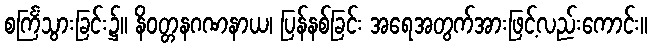
စင်္ကြံသွားခြင်း၌။ နိဝတ္တနဂဏနာယ၊ ပြန်နစ်ခြင်း အရေအတွက်အားဖြင့်လည်းကောင်း။